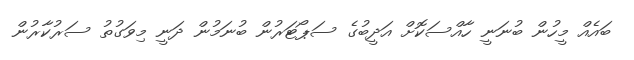
ބައެއް މީހުން ބުނަނީ ހާއްސަކޮށް އަދީބުގެ ސަޕޯޓަރުން ބުނަމުން ދަނީ މިވަގުތު ސަރުކާރުން